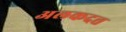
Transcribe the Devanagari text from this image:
अलकदत्त